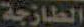
الطازجة